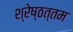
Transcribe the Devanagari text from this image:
श्रेष्ठत्तम